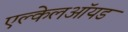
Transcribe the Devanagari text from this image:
एल्केलऑयड